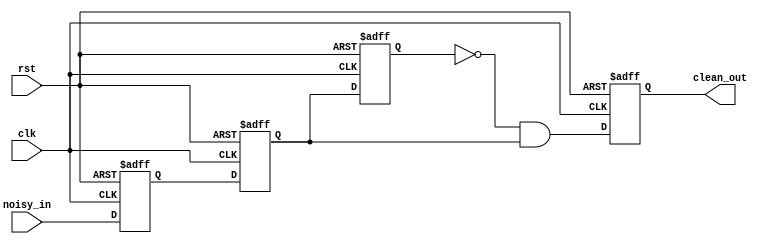
`timescale 1ms / 1us

module debouncer(
	input 		clk,
	input 		rst,
	input 		noisy_in, // port from the push button
	output reg 	clean_out // port into the circuit
    );

reg noisy_in_reg;

reg clean_out_tmp1; // will be used to detect rising edge
reg clean_out_tmp2; // will be used to detect rising edge

always@(posedge clk or negedge rst)
begin
	if (!rst==1'b1) begin
		noisy_in_reg <= 0;
		clean_out_tmp1 <= 0;
		clean_out_tmp2 <= 0;
		
		clean_out <= 0;
	end
	else begin
		// store the input
		noisy_in_reg <= noisy_in; 
		clean_out_tmp1 <= noisy_in_reg;
				
		// rising edge detect
		clean_out_tmp2 <= clean_out_tmp1;
		clean_out <= ~clean_out_tmp2 & clean_out_tmp1; // it produce a single pulse during a risingedge	
	end
end

endmodule